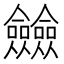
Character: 𠑲